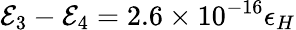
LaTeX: \mathcal{E}_{3}-\mathcal{E}_{4}=2.6\times 10^{-16}\epsilon_{H}